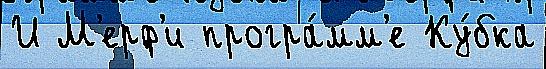
И М'ерф'и програ́мм'е Ку́бка